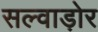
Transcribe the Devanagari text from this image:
सल्वाड़ोर